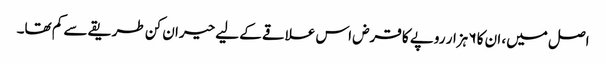
اصل میں، ان کا ۶ ہزار روپے کا قرض اس علاقے کے لیے حیران کن طریقے سے کم تھا۔